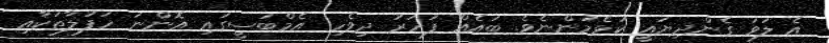
އެ ލަވަ ގެންދިޔައީ ކުޅެމުންނެވެ. ބައެއް ފަހަރު ދިވެހި އެމްބަސީގައި އޮންނަ ހަފުލާތަކާއި